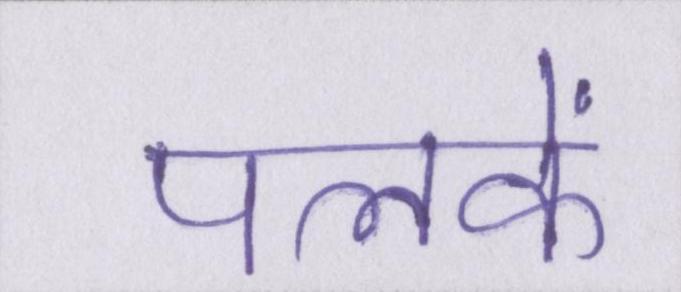
पलकें